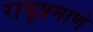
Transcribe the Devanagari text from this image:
राघूप्रमाणे